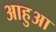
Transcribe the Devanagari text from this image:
आहुआ